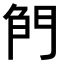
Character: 𠝎